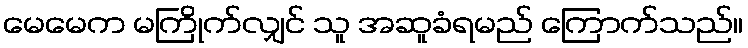
မေမေက မကြိုက်လျှင် သူ အဆူခံရမည် ကြောက်သည်။